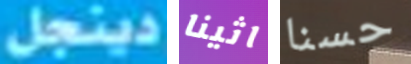
دينجل اثينا حسنا